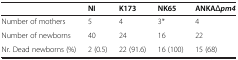
<table><thead><tr><td><b> </b></td><td><b>NI</b></td><td><b>K173</b></td><td><b>NK65</b></td><td><b>ANKA<i>Δpm4</i></b></td></tr></thead><tbody><tr><td>Number of mothers</td><td>5</td><td>4</td><td>3*</td><td>4</td></tr><tr><td>Number of newborns</td><td>40</td><td>24</td><td>16</td><td>22</td></tr><tr><td>Nr. Dead newborns (%)</td><td>2 (0.5)</td><td>22 (91.6)</td><td>16 (100)</td><td>15 (68)</td></tr></tbody></table>